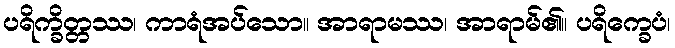
ပရိက္ခိတ္တဿ၊ ကာရံအပ်သော။ အာရာမဿ၊ အာရာမ်၏။ ပရိက္ခေပံ၊